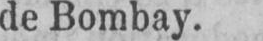
de Bombay.